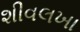
શીવલખા